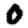
Digit: 0